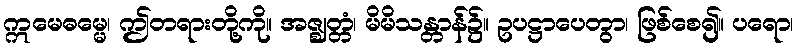
ဣမေဓမ္မေ၊ ဤတရားတို့ကို။ အဇ္ဈတ္တံ၊ မိမိသန္တာန်၌။ ဥပဋ္ဌာပေတွာ၊ ဖြစ်စေ၍။ ပရော၊